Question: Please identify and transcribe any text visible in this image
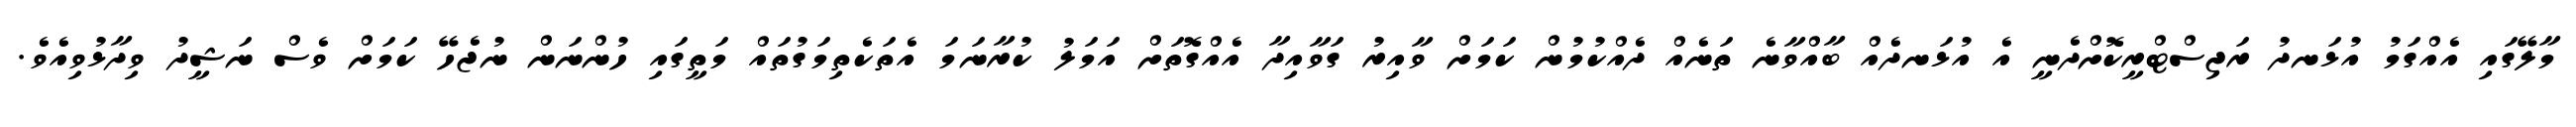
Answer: މާލޭގައި އެއްގަމު އުޅަނދު ރަޖިސްޓްރީކޮށްދެނީ އެ އުޅަނދެއް ބާއްވާނެ ތަނެއް ދެއްކުމުން ކަމަށް ވާއިރު ގަވާއިދާ އެއްގޮތަށް އަމަލު ކުރާނަމަ އެތަކެތިމަގުތައް މަތީގައި ހުންނަން ނުޖެހޭ ކަމަށް ވެސް ނަޝީދު ވިދާޅުވިއެވެ.